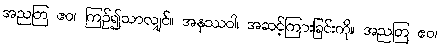
အညတြ ဧဝ၊ ကြဉ်၍သာလျှင်။ အနုဿဝါ၊ အဆင့်ကြားခြင်းကို။ အညတြ ဧဝ၊